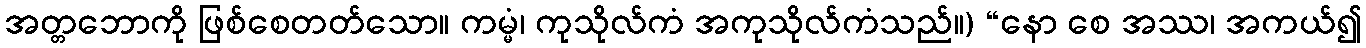
အတ္တဘောကို ဖြစ်စေတတ်သော။ ကမ္မံ၊ ကုသိုလ်ကံ အကုသိုလ်ကံသည်။) “နော စေ အဿ၊ အကယ်၍